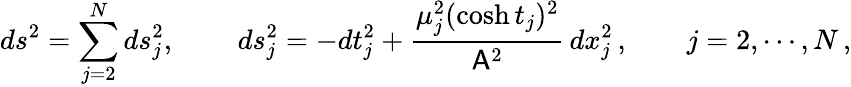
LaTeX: ds^{2}=\sum_{j=2}^{N}ds_{j}^{2},\quad\quad\, ds_{j}^{2}=-dt_{j}^{2}+\frac{\mu_{j}^{2}(\cosh{t_{j}})^{2}}{\mathsf{A}^{2}}\, dx_{j}^{2}\, ,\qquad j=2,\cdots,N\, ,